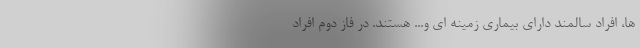
ها، افراد سالمند دارای بیماری زمینه ای و... هستند. در فاز دوم افراد